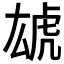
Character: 𱿏